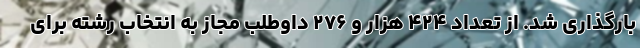
بارگذاری شد. از تعداد ۴۲۴ هزار و ۲۷۶ داوطلب مجاز به انتخاب رشته برای